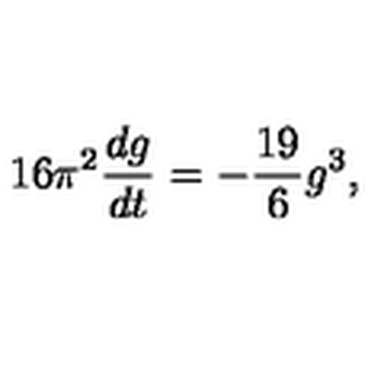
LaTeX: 1 6 \pi ^ { 2 } \frac { d g } { d t } = - \frac { 1 9 } { 6 } g ^ { 3 } ,